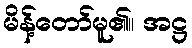
မိန့်တော်မူ၏။ အဋ္ဌ